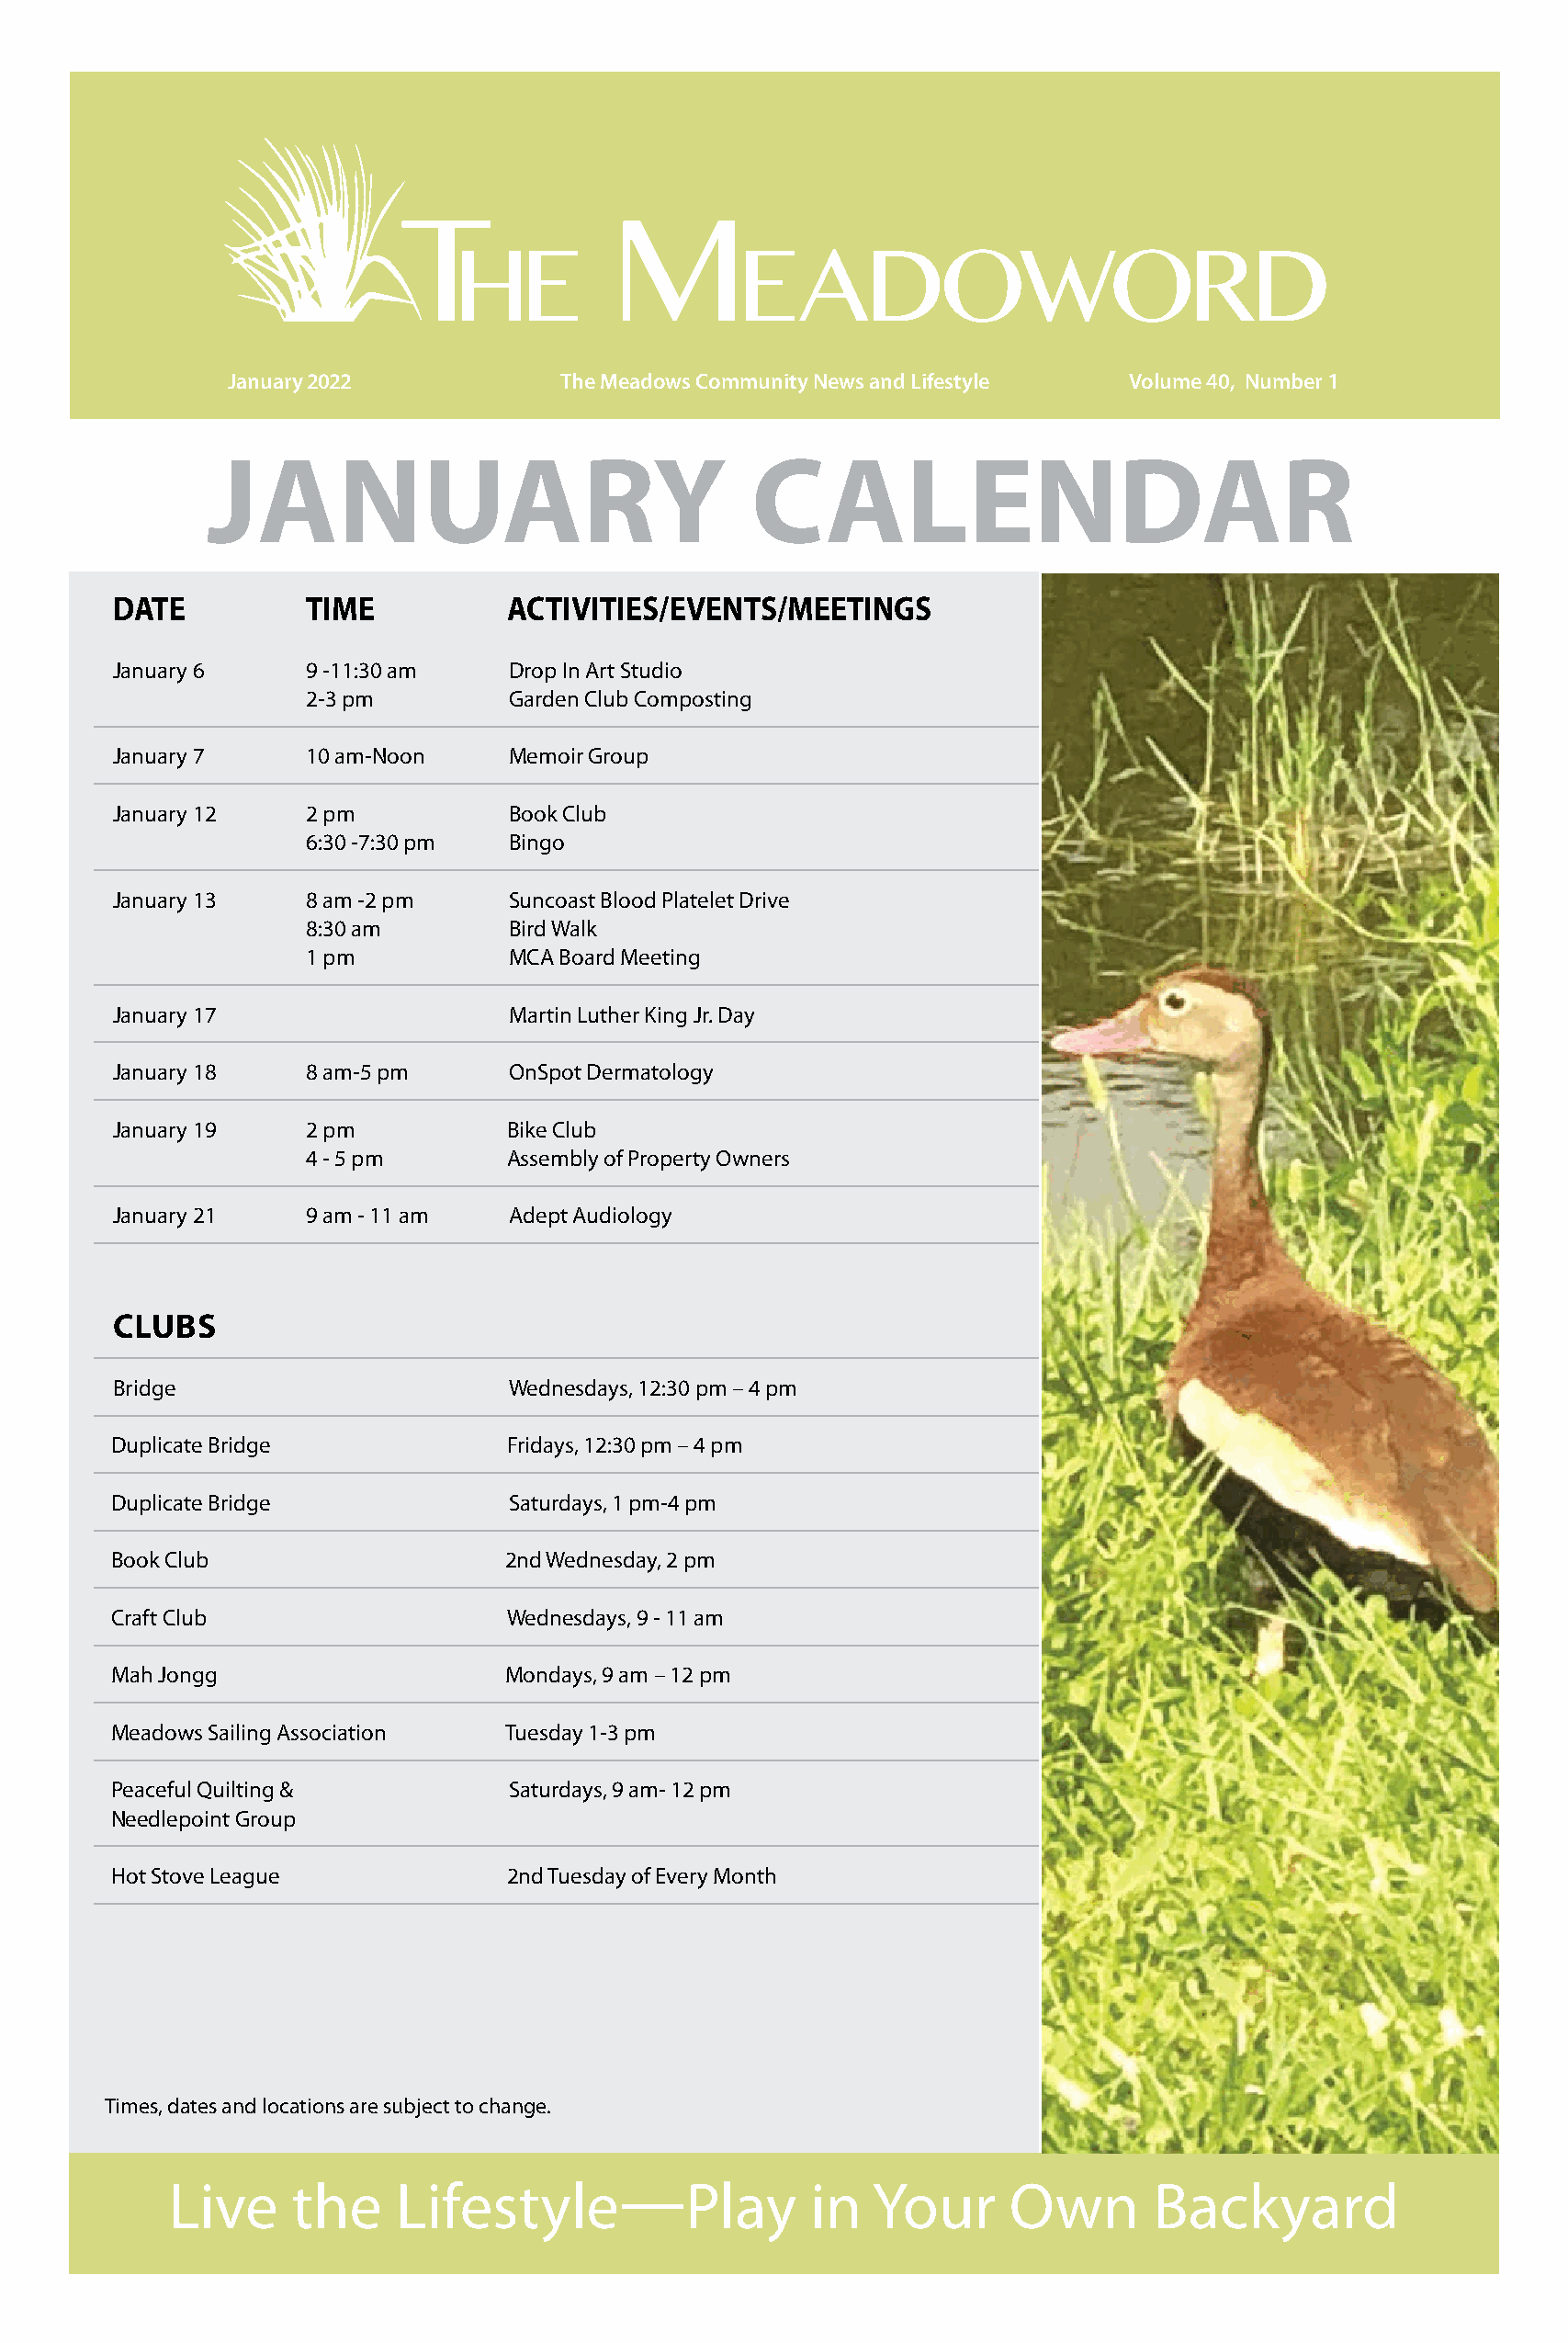
T              M
 he                  eadoword
 January 2022            The Meadows Community News and Lifestyle Volume 40, Number 1
 JANUARY                                CALENDAR
 DATE          TIME           ACTIVITIES/EVENTS/MEETINGS
 January 6     9 -11:30 am    Drop In Art Studio
 2-3 pm         Garden Club Composting
 January 7     10 am-Noon     Memoir Group
 January 12    2 pm           Book Club
 6:30 -7:30 pm  Bingo
 January 13    8 am -2 pm     Suncoast Blood Platelet Drive
 8:30 am        Bird Walk
 1 pm           MCA Board Meeting
 January 17                   Martin Luther King Jr. Day
 January 18    8 am-5 pm      OnSpot Dermatology
 January 19    2 pm           Bike Club
 4 - 5 pm       Assembly of Property Owners
 January 21    9 am - 11 am   Adept Audiology
 CLUBS
 Bridge                       Wednesdays, 12:30 pm – 4 pm
 Duplicate Bridge             Fridays, 12:30 pm – 4 pm
 Duplicate Bridge             Saturdays, 1 pm-4 pm
 Book Club                   2nd Wednesday, 2 pm
 Craft Club                   Wednesdays, 9 - 11 am
 Mah Jongg                   Mondays, 9 am – 12 pm
 Meadows Sailing Association Tuesday 1-3 pm
 Peaceful Quilting &          Saturdays, 9 am- 12 pm
 Needlepoint Group
 Hot Stove League             2nd Tuesday of Every Month
 Times, dates and locations are subject to change.
 Live   the    Lifestyle—Play            in  Your     Own      Backyard
 Live     the     LDaitefs eands timteys alree sub—ject toP chalnagey. in Your Own Backyard
 Sign up for MCA Constant Contact email updates for the latest on
 activities and events or visit themeadowssarasota.org/mca-events/.